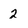
Character: 2